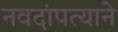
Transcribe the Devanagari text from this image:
नवदांपत्याने